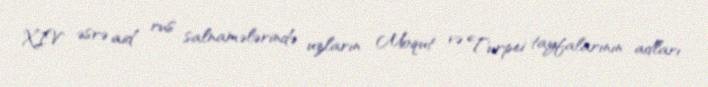
XIV əsrə aid rus salnamələrində uzların Moqut və Turpei tayfalarının adları